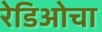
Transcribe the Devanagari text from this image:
रेडिओचा